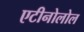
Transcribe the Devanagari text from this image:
एटीनोलोल